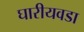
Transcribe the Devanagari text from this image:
घारीयवडा